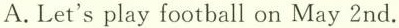
A.Let's play football on May 2nd.